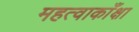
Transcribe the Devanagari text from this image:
महत्वाकाँक्षा